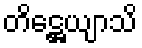
တိဋ္ဌေယျာသိ